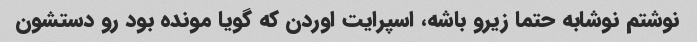
نوشتم نوشابه حتما زیرو باشه، اسپرایت اوردن که گویا مونده بود رو دستشون